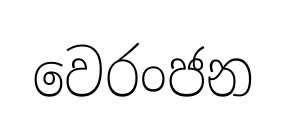
වෙරංජන